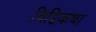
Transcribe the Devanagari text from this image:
विट्टिकथा